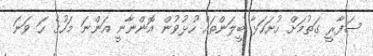
ސަފާރީ ގަތުމަށް ހުށަހަޅާ ބީލަންތައް ހުޅުވުން އޮންނާނީ އަންނަ މަހުގެ ހަ ވަނަ